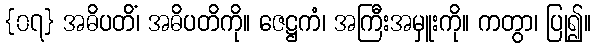
{၀၇} အဓိပတိံ၊ အဓိပတိကို။ ဇေဋ္ဌကံ၊ အကြီးအမှူးကို။ ကတွာ၊ ပြု၍။